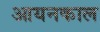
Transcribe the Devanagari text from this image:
आयनकाल